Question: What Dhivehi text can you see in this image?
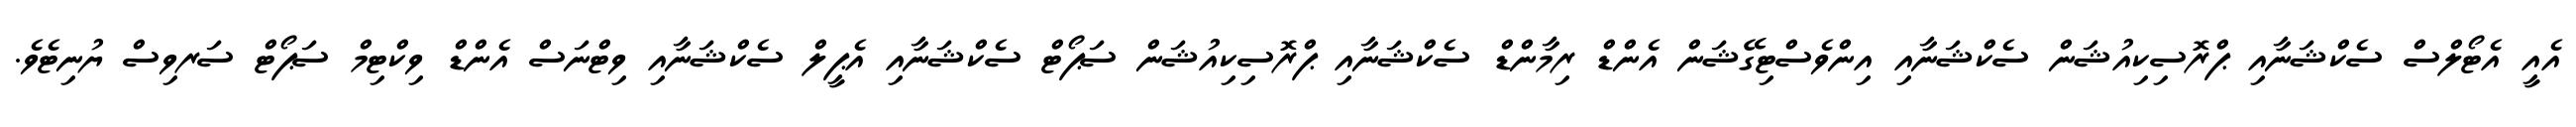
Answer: އެއީ އެޓޯލްސް ސެކްޝަނާއި ޕްރޮސިކިއުޝަން ސެކްޝަނާއި އިންވެސްޓިގޭޝަން އެންޑް ރިމާންޑް ސެކްޝަނާއި ޕްރޮސިކިއުޝަން ސަޕޯޓް ސެކްޝަނާއި އެޕީލް ސެކްޝަނާއި ވިޓްނަސް އެންޑް ވިކްޓިމް ސަޕޯޓް ސަރވިސް ޔުނިޓެވެ.